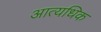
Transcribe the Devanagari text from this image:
आत्यधिक